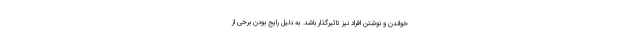
خواندن و نوشتن افراد نیز تاثیرگذار باشد. به دلیل رایج بودن برخی از